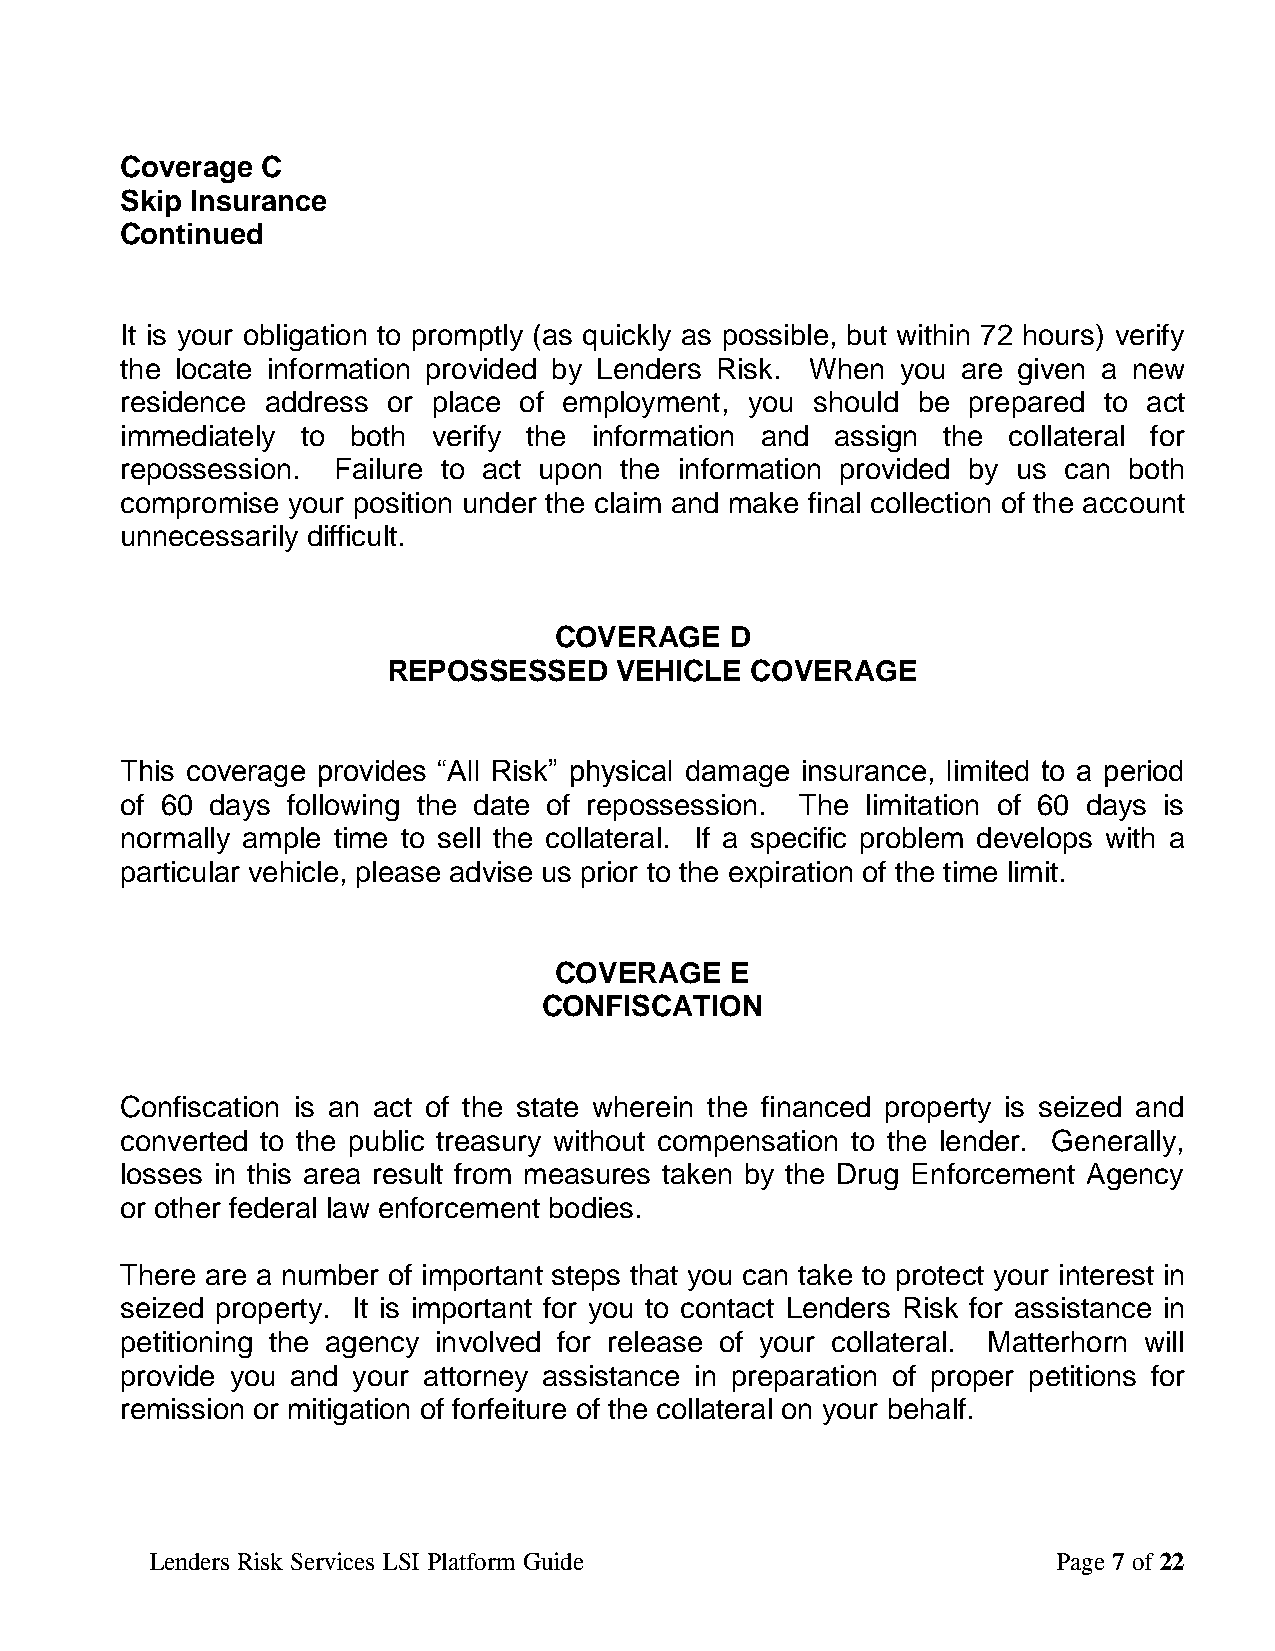
Coverage C
 Skip Insurance
 Continued
 It is your obligation to promptly (as quickly as possible, but within 72 hours) verify
 the locate information provided by Lenders Risk. When you are given a new
 residence address or place of employment, you should be prepared to act
 immediately to both  verify the information and assign the collateral for
 repossession. Failure to act upon the information provided by us can both
 compromise your position under the claim and make final collection of the account
 unnecessarily difficult.
 COVERAGE   D
 REPOSSESSED    VEHICLE  COVERAGE
 This coverage provides “All Risk” physical damage insurance, limited to a period
 of 60 days following the date of repossession. The limitation of 60 days is
 normally ample time to sell the collateral. If a specific problem develops with a
 particular vehicle, please advise us prior to the expiration of the time limit.
 COVERAGE   E
 CONFISCATION
 Confiscation is an act of the state wherein the financed property is seized and
 converted to the public treasury without compensation to the lender. Generally,
 losses in this area result from measures taken by the Drug Enforcement Agency
 or other federal law enforcement bodies.
 There are a number of important steps that you can take to protect your interest in
 seized property. It is important for you to contact Lenders Risk for assistance in
 petitioning the agency involved for release of your collateral. Matterhorn will
 provide you and your attorney assistance in preparation of proper petitions for
 remission or mitigation of forfeiture of the collateral on your behalf.
 Lenders Risk Services LSI Platform Guide                    Page 7 of 22